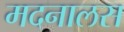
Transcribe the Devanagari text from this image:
मदनालस